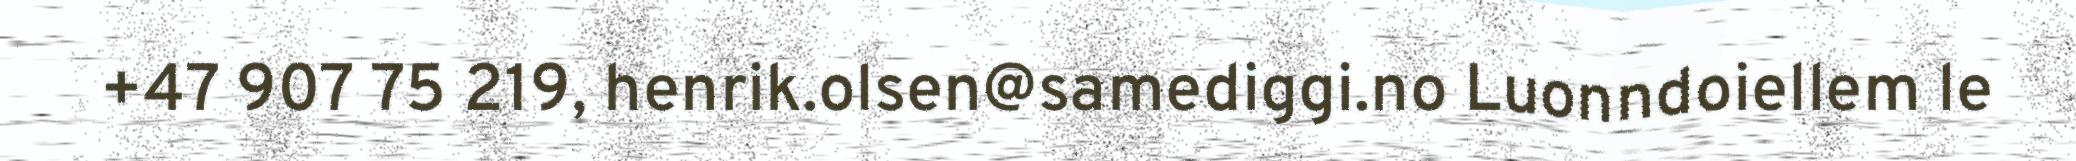
+47 907 75 219, henrik.olsen@samediggi.no Luonndoiellem le